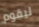
ليقوم